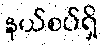
နယ်စပ်ရှိ